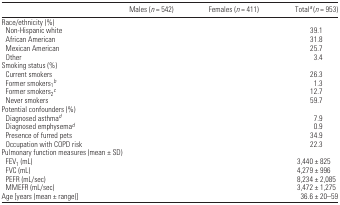
<table><thead><tr><td>[EMPTY_CELL]</td><td><b>Males (<i>n</i> = 542)</b></td><td><b>Females (<i>n</i> = 411)</b></td><td><b>Totala (<i>n</i> = 953)</b></td></tr></thead><tbody><tr><td colspan="4">Race/ethnicity (%)</td></tr><tr><td> Non-Hispanic white</td><td>[EMPTY_CELL]</td><td>[EMPTY_CELL]</td><td>39.1</td></tr><tr><td> African American</td><td>[EMPTY_CELL]</td><td>[EMPTY_CELL]</td><td>31.8</td></tr><tr><td> Mexican American</td><td>[EMPTY_CELL]</td><td>[EMPTY_CELL]</td><td>25.7</td></tr><tr><td> Other</td><td>[EMPTY_CELL]</td><td>[EMPTY_CELL]</td><td>3.4</td></tr><tr><td colspan="4">Smoking status (%)</td></tr><tr><td> Current smokers</td><td>[EMPTY_CELL]</td><td>[EMPTY_CELL]</td><td>26.3</td></tr><tr><td> Former smokers<sub>1</sub>b</td><td>[EMPTY_CELL]</td><td>[EMPTY_CELL]</td><td>1.3</td></tr><tr><td> Former smokers<sub>2</sub>c</td><td>[EMPTY_CELL]</td><td>[EMPTY_CELL]</td><td>12.7</td></tr><tr><td> Never smokers</td><td>[EMPTY_CELL]</td><td>[EMPTY_CELL]</td><td>59.7</td></tr><tr><td colspan="4">Potential confounders (%)</td></tr><tr><td> Diagnosed asthmad</td><td>[EMPTY_CELL]</td><td>[EMPTY_CELL]</td><td>7.9</td></tr><tr><td> Diagnosed emphysemad</td><td>[EMPTY_CELL]</td><td>[EMPTY_CELL]</td><td>0.9</td></tr><tr><td> Presence of furred pets</td><td>[EMPTY_CELL]</td><td>[EMPTY_CELL]</td><td>34.9</td></tr><tr><td> Occupation with COPD risk</td><td>[EMPTY_CELL]</td><td>[EMPTY_CELL]</td><td>22.3</td></tr><tr><td colspan="4">Pulmonary function measures (mean ± SD)</td></tr><tr><td> FEV<sub>1</sub> (mL)</td><td>[EMPTY_CELL]</td><td>[EMPTY_CELL]</td><td>3,440 ± 825</td></tr><tr><td> FVC (mL)</td><td>[EMPTY_CELL]</td><td>[EMPTY_CELL]</td><td>4,279 ± 996</td></tr><tr><td> PEFR (mL/sec)</td><td>[EMPTY_CELL]</td><td>[EMPTY_CELL]</td><td>8,234 ± 2,085</td></tr><tr><td> MMEFR (mL/sec)</td><td>[EMPTY_CELL]</td><td>[EMPTY_CELL]</td><td>3,472 ± 1,275</td></tr><tr><td>Age [years (mean ± range)]</td><td>[EMPTY_CELL]</td><td>[EMPTY_CELL]</td><td>36.6 ± 20–59</td></tr></tbody></table>